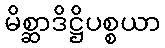
မိစ္ဆာဒိဋ္ဌိပစ္စယာ